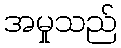
အမှုသည်